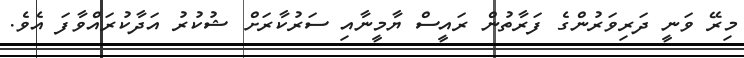
މިރޭ ވަނީ ދަރިވަރުންގެ ފަރާތުން ރައީސް ޔާމީނާއި ސަރުކާރަށް ޝުކުރު އަދާކުރައްވާފަ އެވެ.